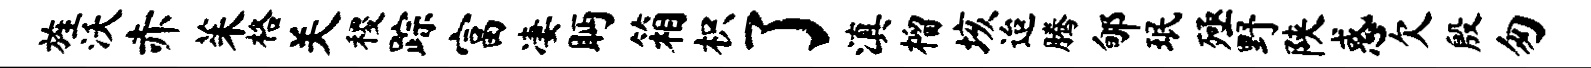
旌沃赤茱格关稷踪富凄眄箱枳了滇榴垓迨腾郇珉殛野陕惑欠殷匆